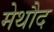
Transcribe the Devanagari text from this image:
मेथौद